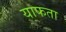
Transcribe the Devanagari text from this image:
याफता